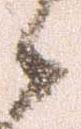
々